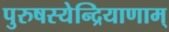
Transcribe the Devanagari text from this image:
पुरुषस्येन्द्रियाणाम्